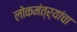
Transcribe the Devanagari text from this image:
लोकमंत्र्यांचा